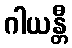
ဂါယန္တီ